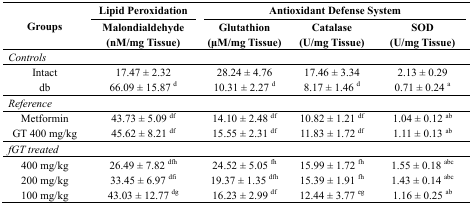
<table><thead><tr><td rowspan="2"><b>Groups</b></td><td><b>Lipid Peroxidation</b></td><td colspan="3"><b>Antioxidant Defense System</b></td></tr><tr><td><b>Malondialdehyde (nM/mg Tissue)</b></td><td><b>Glutathion (μM/mg Tissue)</b></td><td><b>Catalase (U/mg Tissue)</b></td><td><b>SOD (U/mg Tissue)</b></td></tr></thead><tbody><tr><td colspan="5"><i>Controls</i></td></tr><tr><td>Intact</td><td>17.47 ± 2.32</td><td>28.24 ± 4.76</td><td>17.46 ± 3.34</td><td>2.13 ± 0.29</td></tr><tr><td>db</td><td>66.09 ± 15.87 <sup>d</sup></td><td>10.31 ± 2.27 <sup>d</sup></td><td>8.17 ± 1.46 <sup>d</sup></td><td>0.71 ± 0.24 <sup>a</sup></td></tr><tr><td colspan="5"><i>Reference</i></td></tr><tr><td>Metformin</td><td>43.73 ± 5.09 <sup>df</sup></td><td>14.10 ± 2.48 <sup>df</sup></td><td>10.82 ± 1.21 <sup>df</sup></td><td>1.04 ± 0.12 <sup>ab</sup></td></tr><tr><td>GT 400 mg/kg</td><td>45.62 ± 8.21 <sup>df</sup></td><td>15.55 ± 2.31 <sup>df</sup></td><td>11.83 ± 1.72 <sup>df</sup></td><td>1.11 ± 0.13 <sup>ab</sup></td></tr><tr><td colspan="5"><i>fGT treated</i></td></tr><tr><td>400 mg/kg</td><td>26.49 ± 7.82 <sup>dfh</sup></td><td>24.52 ± 5.05 <sup>fh</sup></td><td>15.99 ± 1.72 <sup>fh</sup></td><td>1.55 ± 0.18 <sup>abc</sup></td></tr><tr><td>200 mg/kg</td><td>33.45 ± 6.97 <sup>dfi</sup></td><td>19.37 ± 1.35 <sup>dfh</sup></td><td>15.39 ± 1.91 <sup>fh</sup></td><td>1.43 ± 0.14 <sup>abc</sup></td></tr><tr><td>100 mg/kg</td><td>43.03 ± 12.77 <sup>dg</sup></td><td>16.23 ± 2.99 <sup>df</sup></td><td>12.44 ± 3.77 <sup>eg</sup></td><td>1.16 ± 0.25 <sup>ab</sup></td></tr></tbody></table>